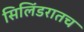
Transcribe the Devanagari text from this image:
सिलिंडरातच